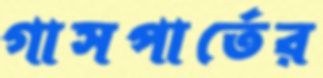
গাসপার্তের